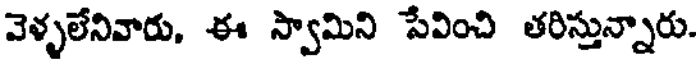
వెళ్ళలేనివారు, ఈ స్వామిని సేవించి తరిస్తున్నారు.